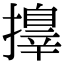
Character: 𢶓